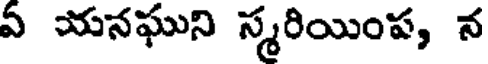
వ యనఘుని స్మరియింప, న